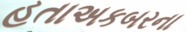
હતાઅકબરના